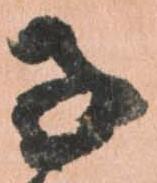
子